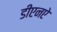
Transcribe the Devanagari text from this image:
डीएनऐ